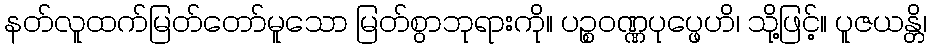
နတ်လူထက်မြတ်တော်မူသော မြတ်စွာဘုရားကို။ ပဉ္စဝဏ္ဏပုပ္ဖေဟိ၊ သို့ဖြင့်။ ပူဇယန္တိ၊